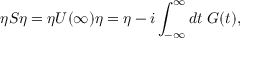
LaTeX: \eta S \eta = \eta U ( \infty ) \eta = \eta - i \int _ { - \infty } ^ { \infty } d t \; G ( t ) ,